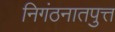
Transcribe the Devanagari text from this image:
निगंठनातपुत्त